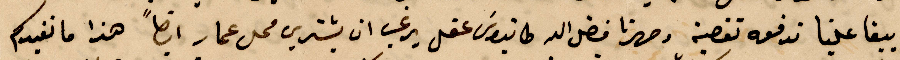
يبقا علينا ندفعه %% وصهرنا فضل الله طانيوس عقل يرغب ان يشتري محل عمار ايضًا هذا ما نفيدكم